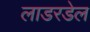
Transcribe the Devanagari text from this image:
लाडरडेल